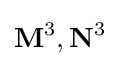
\mathbf {M} ^{3},\mathbf {N} ^{3}